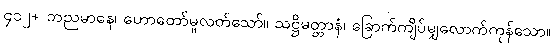
၄၁၂+ ဘညမာနေ၊ ဟောတော်မူလတ်သော်။ သဋ္ဌိမတ္တာနံ၊ ခြောက်ကျိပ်မျှလောက်ကုန်သော။